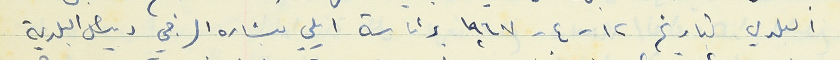
البلدي بتاريخ ١٢ - ٤ - ١٩٦٧ برئاسة ايلي بشاره الرجي رئيس البلدية